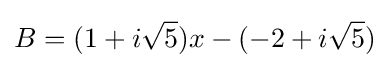
B=(1+i{\sqrt {5}})x-(-2+i{\sqrt {5}})